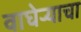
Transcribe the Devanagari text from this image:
वाघेऱ्याचा